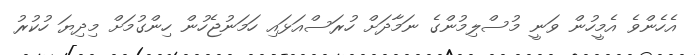
އެހެންވެ އެމީހުން ވަނީ މުސްލިމުންގެ ނަމާދަށް ހުރަސްއަޅައި ހަމަނުޖެހުން ހިންގުމަށް މިދިޔަ ހުކުރު